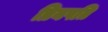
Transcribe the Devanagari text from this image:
प्रियपति